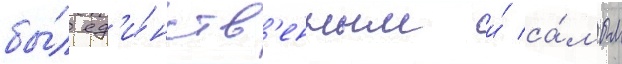
бы́л ед'и́нств'енным и́ са́мым